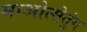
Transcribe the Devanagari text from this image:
माओत्सेतुंग